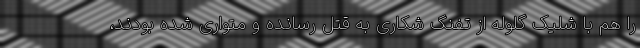
را هم با شلیک گلوله از تفنگ شکاری به قتل رسانده و متواری شده بودند،